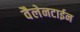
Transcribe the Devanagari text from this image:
वैलेनटाईन